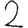
Digit: 2